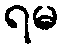
ရမ